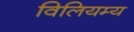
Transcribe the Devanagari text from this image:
विलियम्य